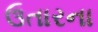
ઉતારના